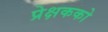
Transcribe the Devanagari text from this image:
प्रेक्षकको